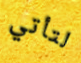
لتأتي